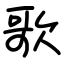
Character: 歌